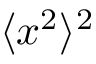
\langle x ^ { 2 } \rangle ^ { 2 }